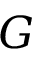
G